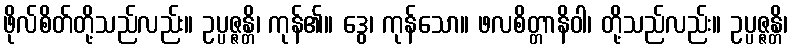
ဖိုလ်စိတ်တို့သည်လည်း။ ဥပ္ပဇ္ဇန္တိ၊ ကုန်၏။ ဒွေ၊ ကုန်သော။ ဖလစိတ္တာနိဝါ၊ တို့သည်လည်း။ ဥပ္ပဇ္ဇန္တိ၊